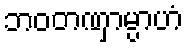
ဘဝတဏှာမ္ပာဟံ